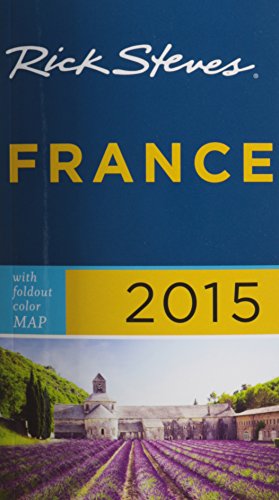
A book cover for Rick Steves France 2015; Rick Steves; Travel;